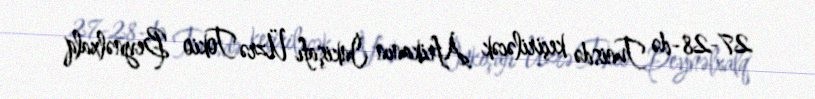
27-28-də Tunisdə keçiriləcək Afrikanın İnkişafı Üzrə Tokio Beynəlxalq